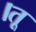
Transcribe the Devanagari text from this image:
।तू